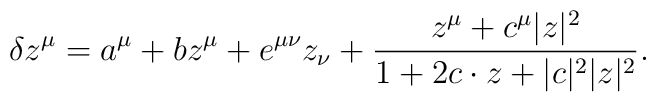
\delta z^{\mu}= a^{\mu}+b z^{\mu}+e^{\mu \nu}z_{\nu}   +\frac{z^{\mu}+c^{\mu}|z|^{2}}{ 1+2c \cdot z+|c|^{2}|z|^{2} }.